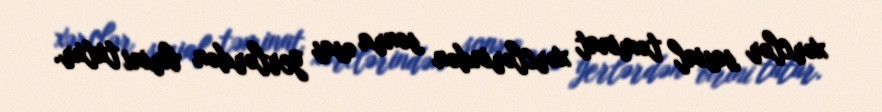
xərclər sosial təminat xərclərindən sonra əsas yerlərdən birini tutur.